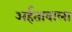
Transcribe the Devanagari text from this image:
अर्हतावाला